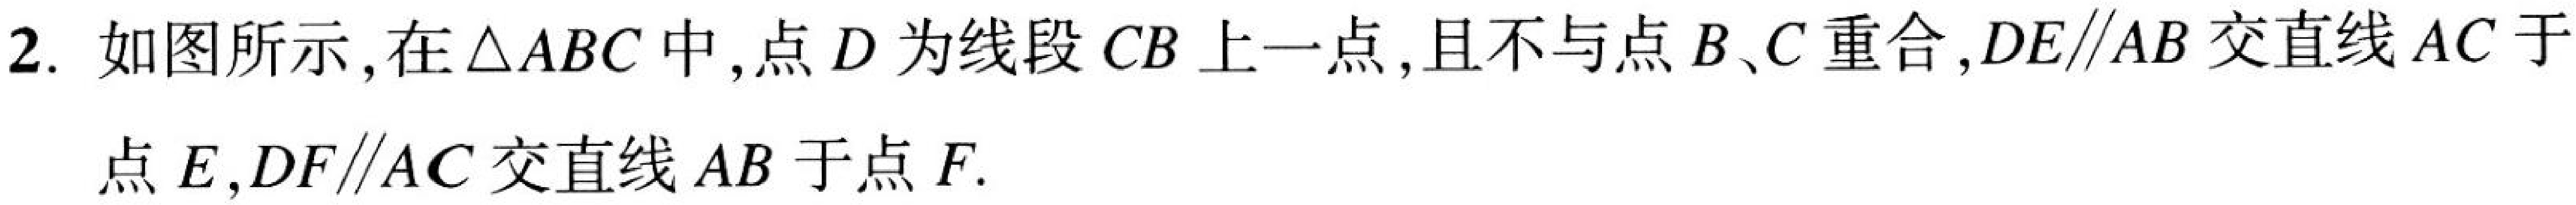
2. 如图所示,在\(\triangle ABC\)中,点\(D\)为线段\(CB\)上一点,且不与点\(B、C\)重合,\(DE\parallel AB\)交直线\(AC\)于点\(E\),\(DF\parallel AC\)交直线\(AB\)于点\(F\).